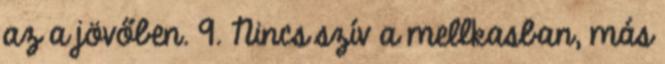
az a jövőben. 9. Nincs szív a mellkasban, más